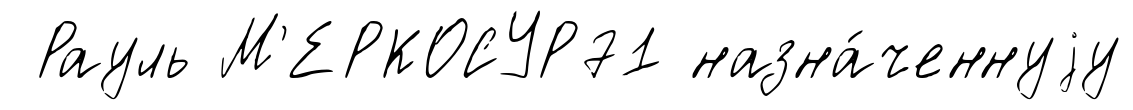
Рауль М'ЕРКОСУР71 назна́ченнуjу